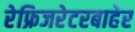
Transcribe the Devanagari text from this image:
रेफ्रिजरेटरबाहेर